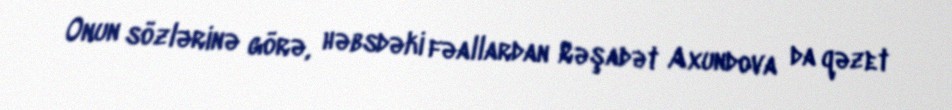
Onun sözlərinə görə, həbsdəki fəallardan Rəşadət Axundova da qəzet